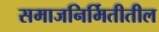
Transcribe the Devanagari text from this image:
समाजनिर्मितीतील